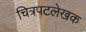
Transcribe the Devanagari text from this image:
चित्रपटलेखक